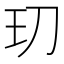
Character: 𭸵